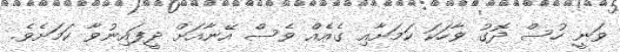
ވަނީ ހުސް ދޮގު ވާހަކަ ކަމަށާއި ގެއެއް ވެސް އޭނާއަށް ދީފައިނުވާ ކަމަށެވެ.